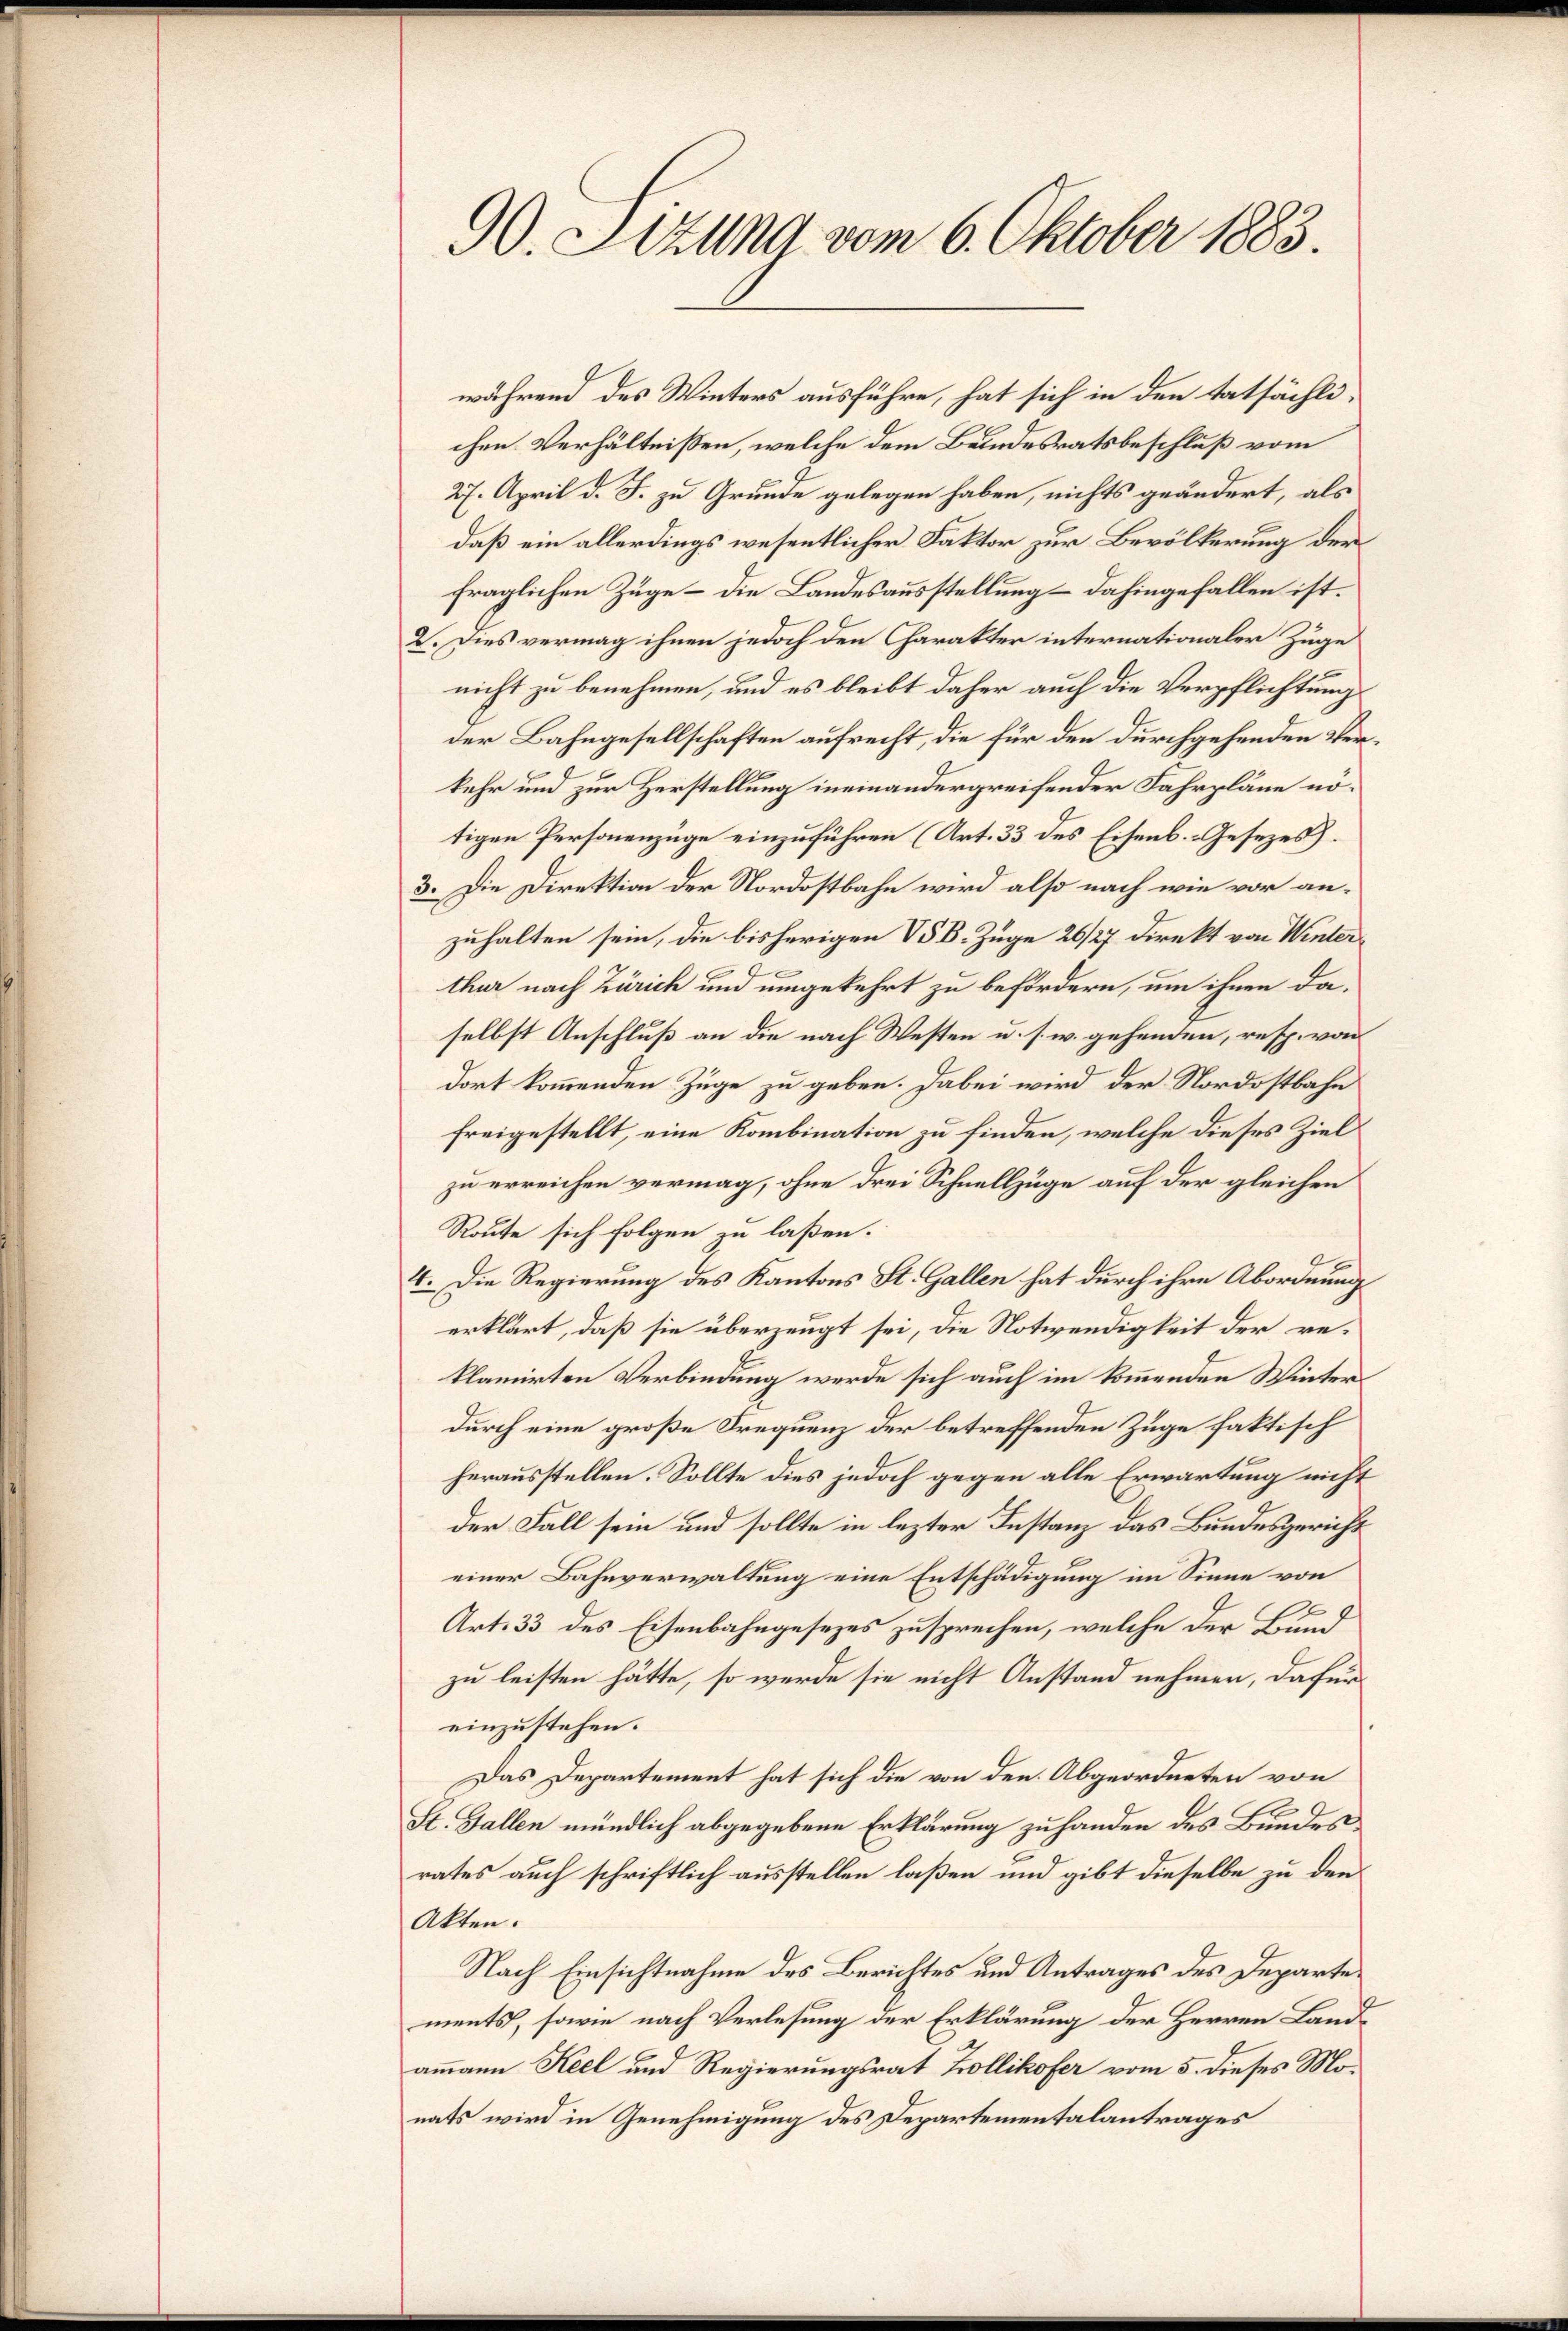
90. Sizung vom 6. Oktober 1883.

während des Winters ausführe, hat sich in den tatsächlichen Verhältnissen, welche dem Bundesratsbeschluß vom
27. April d. J. zu Grunde gelegen haben, nichts geändert, als
daß ein allerdings wesentlicher Faktor zur Bevölkerung der
fraglichen Züge – die Landesausstellung – dahingefallen ist.
2. Dies vermag ihnen jedoch den Charakter internationaler Züge
.
nicht zu benehmen, und es bleibt daher auch die Verpflichtungs
der Bahngesellschaften aufrecht, die für den durchgehenden Verkehr und zur Herstellung ineinandergreifender Fahrpläne nötigen Personenzüge einzuführen (Art. 33 des Eisenb.-Gesetzes.
3. Die Direktion der Nordostbahn wird also nach wie vor anzuhalten sein, die bisherigen V. B. Zuge 26/27 Direkt von Winter¬
¬
thur nach Zürich und umgekehrt zu befördern, um ihnen daselbst Anschluß an die nach Westen u. s. w. gehenden, resp. von
dort kommenden Züge zu geben. Dabei wird der Nordostbahn
freigestellt, eine Kombination zu finden, welche dieses Ziel
zu erreichen vermag, ohne drei Schnellzüge auf der gleichen
Route sich folgen zu laßen.
1
4. Die Regierung des Kantons St. Gallen hat durch ihre Abordnung
erklärt, daß sie überzeugt sei, die Notwendigkeit der reklamirten Verbindung werde sich auch im kommenden Winterdurch eine große Frequenz der betreffenden Zuge faktisch
herausstellen. Sollte dies jedoch gegen alle Erwartung nicht
der Fall sein und sollte in lezter Instanz das Bundesgericht
einer Bahnverwaltung eine Entschädigung im Sinne von
E
Art. 33 des Eisenbahngesezes zusprechen, welche der Bund
zu leisten hätte, so werde sie nicht Anstand nehmen, dafür
einzustehen.
Das Departement hat sich die von den Abgeordneten von
St. Gallen mündlich abgegebene Erklärung zu handen des Bundesrates auch schriftlich ausstellen laßen und gibt dieselbe zu den
Akten.
Nach Einsichtnahme des Berichtes und Antrages des Departements, sowie nach Verlesung der Erklärung der Herren Landammann Keel und Regierungsrat Zollikofer vom 5. dieses Monats wird in Genehmigung des Departementalantrages